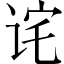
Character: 诧